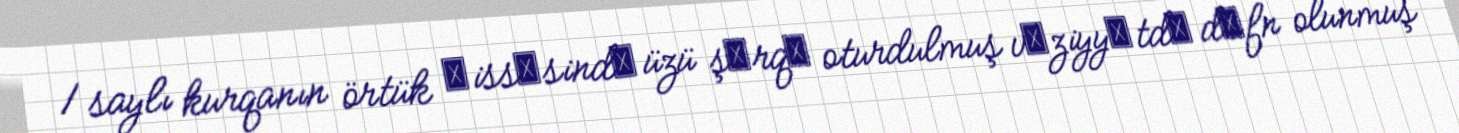
1 saylı kurqanın örtük һissәsindә üzü şәrqә oturdulmuş vәziyyәtdә dәfn olunmuş